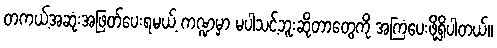
တကယ့်အဆုံးအဖြတ်ပေးရမယ့် ကဏ္ဍမှာ မပါသင့်ဘူးဆိုတာတွေကို အကြံပေးဖို့ရှိပါတယ်။